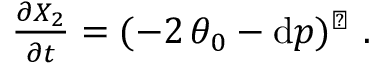
\begin{array} { r } { \frac { \partial X _ { 2 } } { \partial t } = ( - 2 \, \theta _ { 0 } - \mathrm { d } p ) ^ { \sharp } \ . } \end{array}